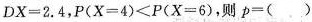
$$D X = 2 . 4$$，$$P ( X = 4 ) < P ( X = 6 )$$，则$$p = ()$$